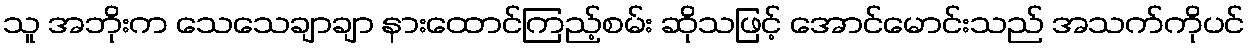
သူ အဘိုးက သေသေချာချာ နားထောင်ကြည့်စမ်း ဆိုသဖြင့် အောင်မောင်းသည် အသက်ကိုပင်